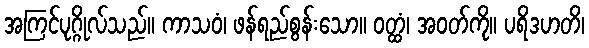
အကြင်ပုဂ္ဂိုလ်သည်။ ကာသဝံ၊ ဖန်ရည်စွန်းသော။ ဝတ္ထံ၊ အဝတ်ကို။ ပရိဒဟတိ၊